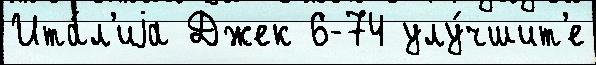
Ита́л'иjа Джек 6-74 улу́чшит'е